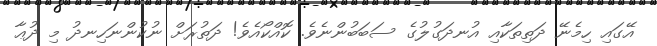
އޭގައި ހިމެނޭ ދަތިތަކާއި އުނދަގުލުގެ ސަބަބުންނެވެ. ކޮއްކޯއެވެ! ދަތުރަށް ނުކުންނަހިނދު މި ދުޢާ